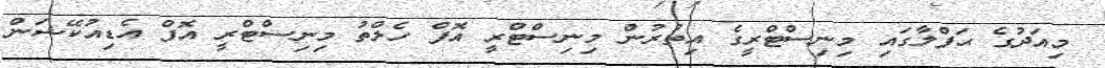
މިއަދުގެ ޙަފްލާގައި މިނިސްޓްރީގެ އިތުރުން މިނިސްޓްރީ އޮފް ހެލްތު މިނިސްޓްރީ އޮފް އެޑިއުކޭޝަން